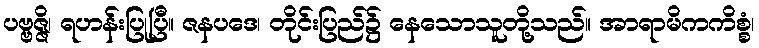
ပဗ္ဗဇ္ဇိ၊ ရဟန်းပြုပြီ။ ဇနပဒေ၊ တိုင်းပြည်၌ နေသောသူတို့သည်။ အာရာမိကကိစ္စံ၊